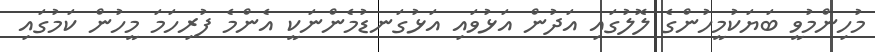
މުހިންމުވީ ބަޔަކުމީހުންގެ ލޮލުގައި އަދުން އަޅުވައި އަޅުގަނޑުމެންނަކީ އެންމެ ފުރިހަމަ މީހުން ކަމުގައި